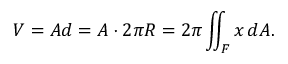
V = A d = A \cdot 2 \pi R = 2 \pi \iint _ { F } x \, d A .